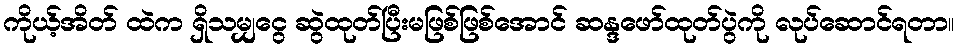
ကိုယ့်အိတ် ထဲက ရှိသမျှငွေ ဆွဲထုတ်ပြီးမဖြစ်ဖြစ်အောင် ဆန္ဒဖော်ထုတ်ပွဲကို လုပ်ဆောင်ရတာ။